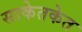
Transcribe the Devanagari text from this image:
साकेतकेत